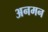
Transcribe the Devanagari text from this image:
अनमन